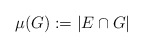
\begin{align*}\mu(G) := |E\cap G|\qquad\end{align*}